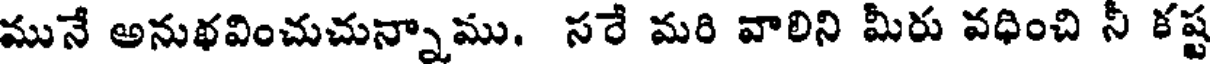
మునే అనుథవించుచున్నాము. సరే మరి వాలిని మీరు వధించి నీ కష్ట